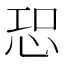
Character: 𢙢